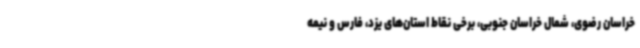
خراسان رضوی، شمال خراسان جنوبی، برخی نقاط استان‌های یزد، فارس و نیمه